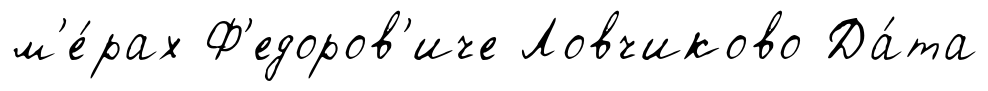
м'е́рах Ф'едоров'иче Ловчиково Да́та